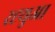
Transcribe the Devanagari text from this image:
रह्थुआ